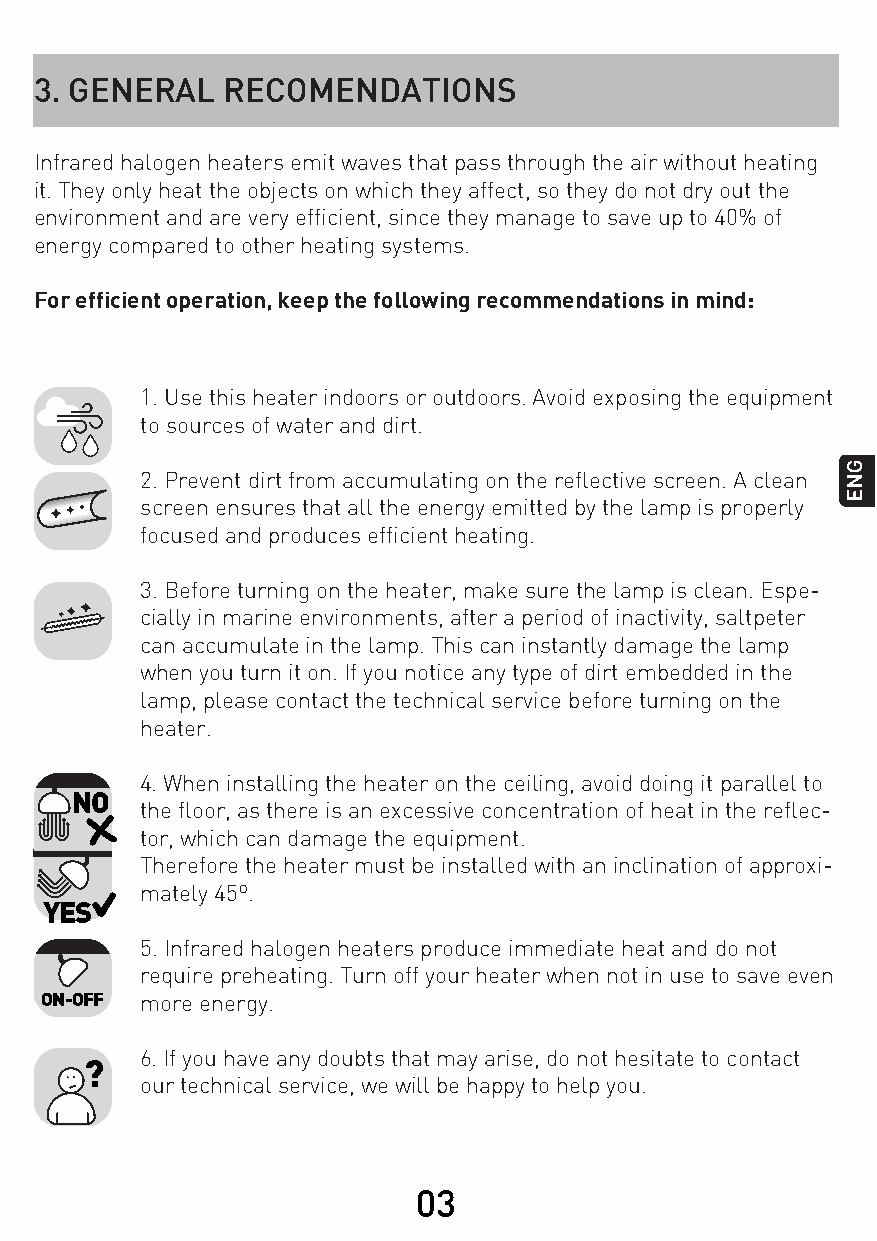
3. GENERAL   RECOMENDATIONS
 Infrared halogen heaters emit waves that pass through the air without heating
 it. They only heat the objects on which they affect, so they do not dry out the
 environment and are very efficient, since they manage to save up to 40% of
 energy compared to other heating systems.
 For efficient operation, keep the following recommendations in mind:
 1. Use this heater indoors or outdoors. Avoid exposing the equipment
 to sources of water and dirt.
 2. Prevent dirt from accumulating on the reflective screen. A clean
 screen ensures that all the energy emitted by the lamp is properly
 focused and produces efficient heating.
 3. Before turning on the heater, make sure the lamp is clean. Espe-
 cially in marine environments, after a period of inactivity, saltpeter
 can accumulate in the lamp. This can instantly damage the lamp
 when you turn it on. If you notice any type of dirt embedded in the
 lamp, please contact the technical service before turning on the
 heater.
 4. When installing the heater on the ceiling, avoid doing it parallel to
 NO
 the floor, as there is an excessive concentration of heat in the reflec-
 tor, which can damage the equipment.
 Therefore the heater must be installed with an inclination of approxi-
 mately 45º.
 YES
 5. Infrared halogen heaters produce immediate heat and do not
 require preheating. Turn off your heater when not in use to save even
 ON-OFF more energy.
 6. If you have any doubts that may arise, do not hesitate to contact
 ?
 our technical service, we will be happy to help you.
 03